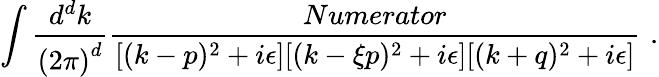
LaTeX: \int{\frac{d^{d}k}{{(2\pi)}^{d}}}{\frac{Numerator}{[(k-p)^{2}+i\epsilon][(k-{\xi}p)^{2}+i\epsilon][(k+q)^{2}+i\epsilon]}}\, \, .